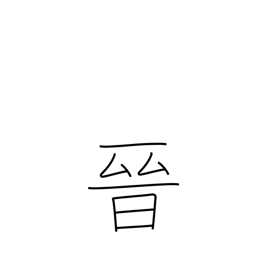
Meaning: advance